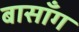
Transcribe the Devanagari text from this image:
बासाँग